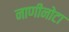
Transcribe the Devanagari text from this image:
नाणीनोटा